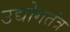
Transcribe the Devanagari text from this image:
उद्योगतंत्र